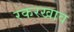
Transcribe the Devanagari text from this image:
रकरखाव